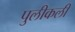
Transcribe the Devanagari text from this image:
पुलीकली